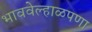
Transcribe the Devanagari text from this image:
भाववेल्हाळपणा